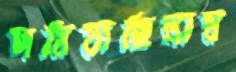
দমিয়াছিলাম